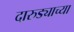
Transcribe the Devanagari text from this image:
दारुड्याच्या